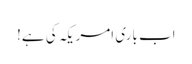
اب باری امریکہ کی ہے!